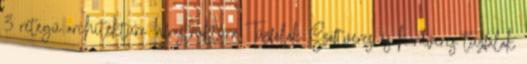
3 rétegű architektúra Infrastruktúra Tűzfalak Szoftveres és hardveres tűzfalak